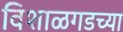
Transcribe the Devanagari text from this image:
विशाळगडच्या